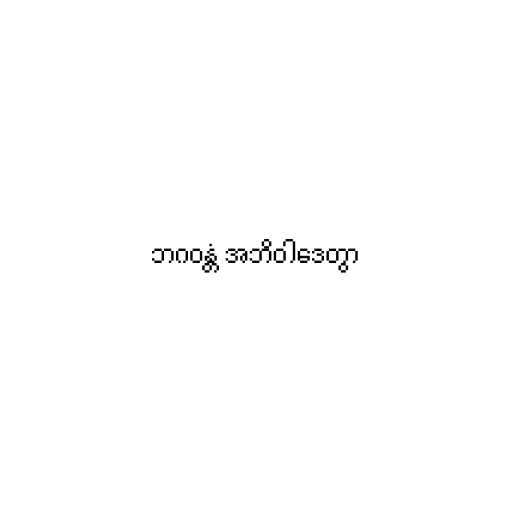
ဘဂဝန္တံ အဘိဝါဒေတွာ